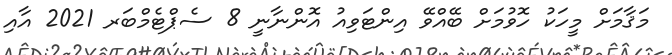
މަޤާމަށް މީހަކު ހޮވުމަށް ބޭއްވޭ އިންޓަވިއު އޮންނާނީ 8 ސެޕްޓެމްބަރ 2021 އާއި